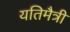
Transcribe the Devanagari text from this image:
यतिमैत्री